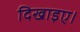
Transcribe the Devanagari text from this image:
दिखाइए।